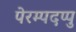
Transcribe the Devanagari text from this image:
पेरम्पदप्पु